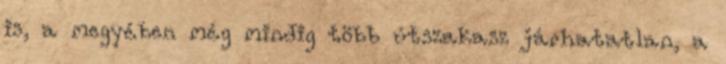
is, a megyében még mindig több útszakasz járhatatlan, a